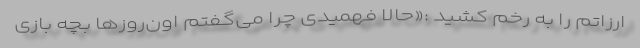
ارزاتم را به رخم کشید :«حالا فهمیدی چرا می‌گفتم اون‌روزها بچه بازی